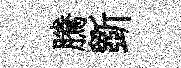
騰斵